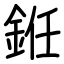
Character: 銋